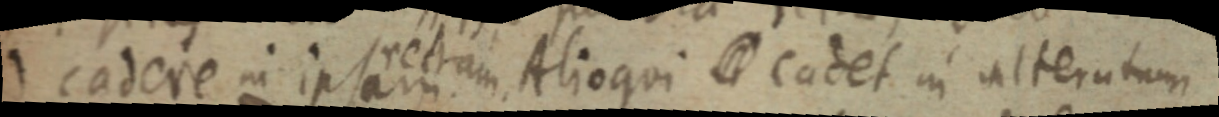
cadere in ipsam rectam Alioqui cadet in alterutum